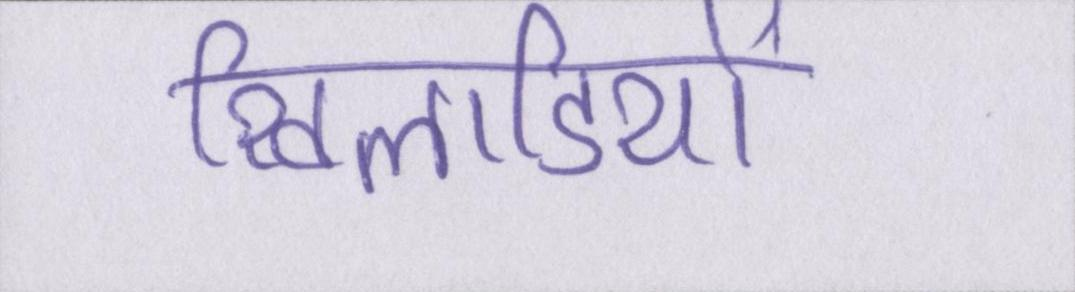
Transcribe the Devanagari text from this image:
खिलाडियों